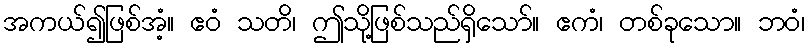
အကယ်၍ဖြစ်အံ့။ ဧဝံ သတိ၊ ဤသို့ဖြစ်သည်ရှိသော်။ ဧကံ၊ တစ်ခုသော။ ဘဝံ၊